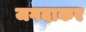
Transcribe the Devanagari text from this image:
जगदाकर